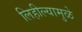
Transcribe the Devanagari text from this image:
लिहील्यामुळे